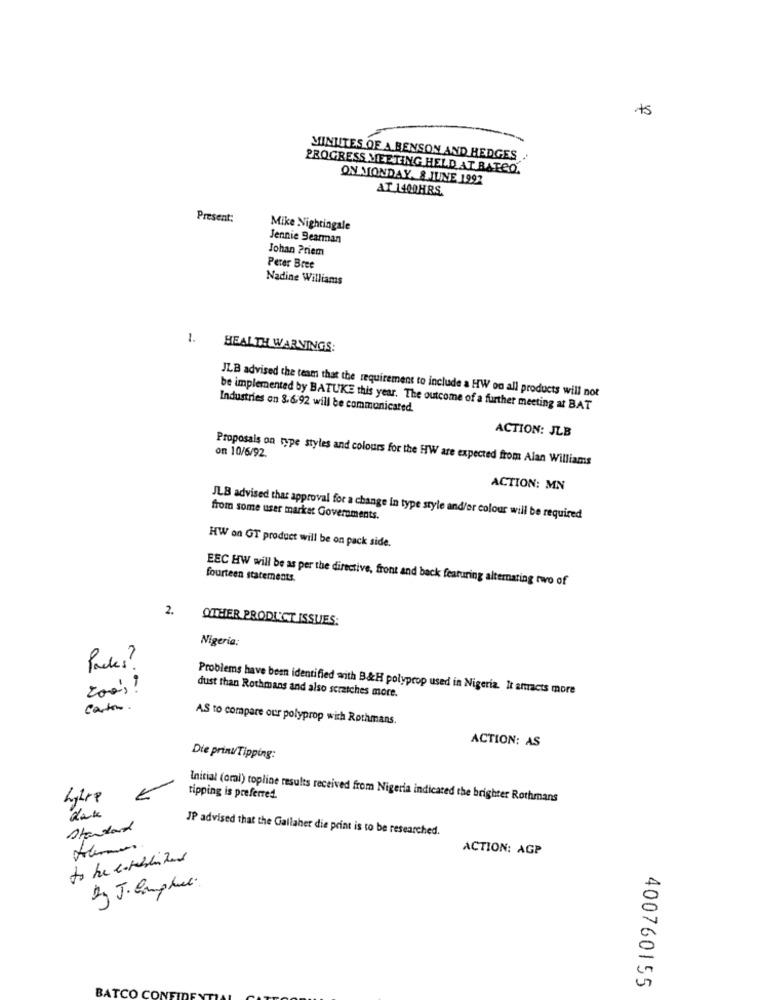
MINUTES OF A BENSON AND HEDGES
PROGRESS MEETING HELD AT BATCO.
ON MONDAY. 8 JUNE 1992
AT 1400HRS.
Present:
Mike Nightingale
Jennie Bearman
Johan Priem
Perer Bree
Nadine Williams
1.
HEALTH WARNINGS:
JLB advised the team that the requirement to include a HW on all products will not
Industries on 8.6:92 will be communicated.
be implemented by BATUKE this year. The outcome of a further meeting at BAT
ACTION: JLB
on 10/6/92.
Proposals on type styles and colours for the HW are expected from Alan Williams
ACTION: MN
JLB advised that approval for a change in type style and/or colour will be required
from some user market Governments.
HW on GT product will be on pack side.
fourteen statements.
EEC HW will be as per the directive, front and back featuring alternating two of
2.
OTHER PRODUCT ISSUES:
Nigeria:
Poules
Zo's !
Problems have been identified with B&H polyprop used in Nigeria. It attracts more
dust than Rothmans and also scratches more.
carton.
AS to compare our polyprop with Rothmans.
ACTION: AS
Die prinuTipping:
tipping is preferred.
Initial (oral) topline results received from Nigeria indicated the brighter Rothmans
standard
JP advised that the Gallaher die print is to be researched.
ACTION: AGP
By J. Emphase.
400760155
BATCO